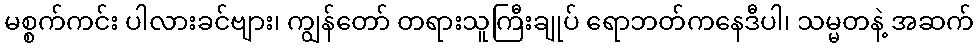
မစ္စက်ကင်း ပါလားခင်ဗျား၊ ကျွန်တော် တရားသူကြီးချုပ် ရောဘတ်ကနေဒီပါ၊ သမ္မတနဲ့ အဆက်